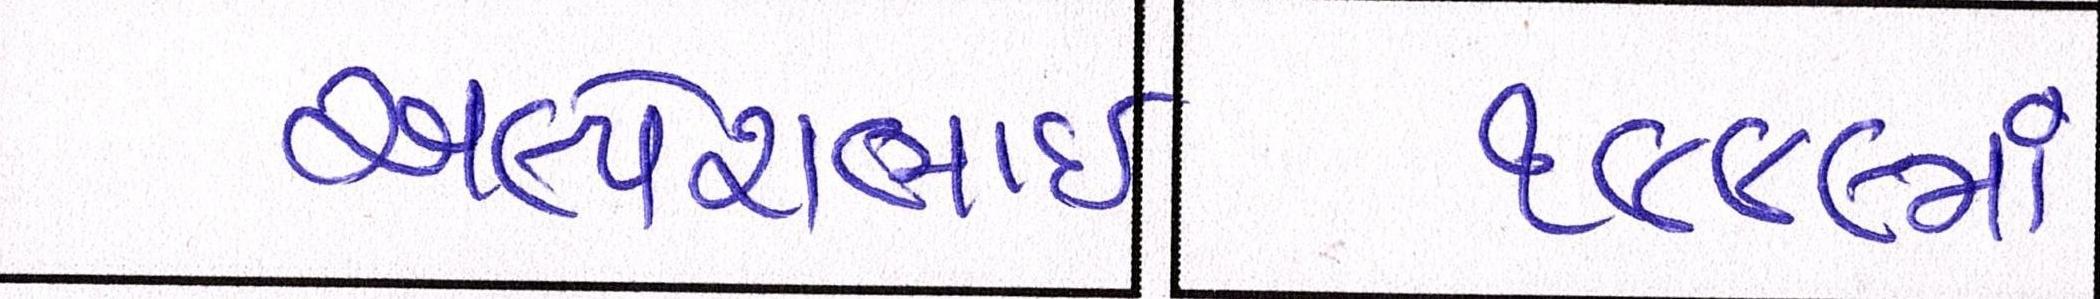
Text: અલ્પેશભાઇ